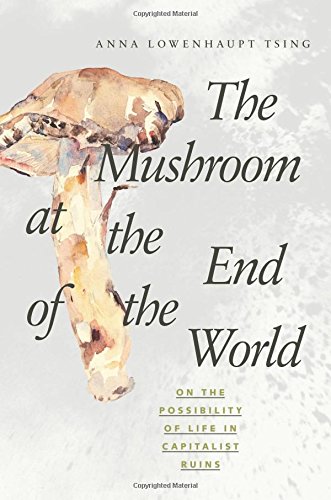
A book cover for The Mushroom at the End of the World: On the Possibility of Life in Capitalist Ruins; Anna Lowenhaupt Tsing; Science & Math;